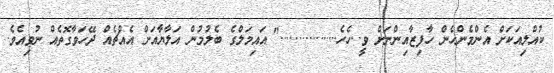
ކުއްލިއަކަށް އެންމެންހެން ހާފިޒާއިންނަށް ވީ..ހެހެ................." އައިމަލްގެ ބެލުމުން އަލާޔާއަށް އެއްޗެއް ދޭހަވާގޮތެއް ނުވިއެވެ.